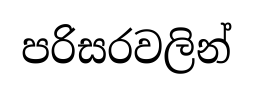
පරිසරවලින්